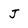
Character: J